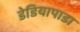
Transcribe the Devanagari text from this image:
डेडियापाडा